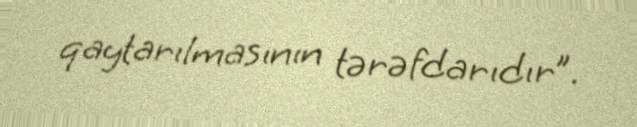
qaytarılmasının tərəfdarıdır”.